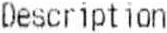
DESCRIPTION